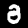
Label: 8